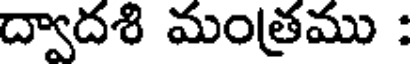
ద్వాదశి మంత్రము :